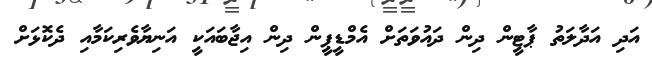
އަދި އަދާލަތު ޕާޓީން ދިން ދައުވަތަށް އެމްޑީޕީން ދިން އިޖާބައަކީ އަނިޔާވެރިކަމާއި ދެކޮޅަށް